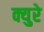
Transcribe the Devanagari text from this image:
क्युरे